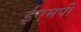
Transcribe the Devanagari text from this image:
ईएमपी